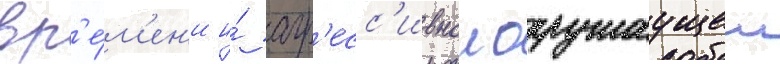
вр'е́м'ен'и и́ агр'есс'ивнои окружаущеи